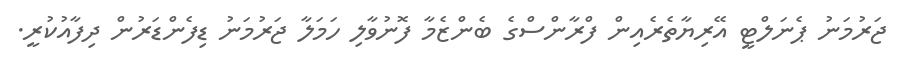
ޖަރުމަނު ޕެނަލްޓީ އޭރިޔާތެރެއިން ފްރާންސްގެ ބެންޒެމާ ފޮނުވާލި ހަމަލާ ޖަރުމަނު ޑިފެންޑަރުން ދިފާއުކުރީ.